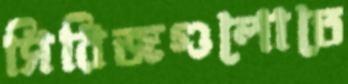
সিরিজগুলোতে